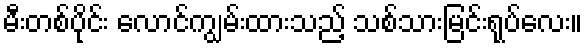
မီးတစ်ပိုင်း လောင်ကျွမ်းထားသည့် သစ်သားမြင်းရုပ်လေး။